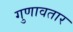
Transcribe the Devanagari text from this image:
गुणावतार